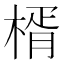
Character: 楈